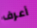
أعرف